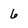
Character: 6